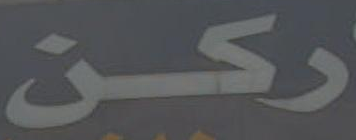
ركن